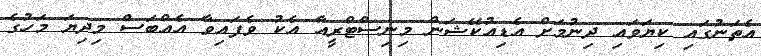
އެތަނުގައި ކިޔަވައި ދިނުމަށް އެޑިއުކޭޝަން މިނިސްޓްރީއާ އެކު ވެފައިވާ އެއްބަސް މިދިޔަ މަހުގެ